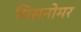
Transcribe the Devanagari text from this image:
मिसनोमर